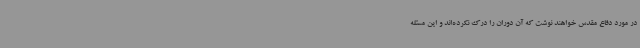
در مورد دفاع مقدس خواهند نوشت که آن دوران را درک نکرده‌اند و این مسئله